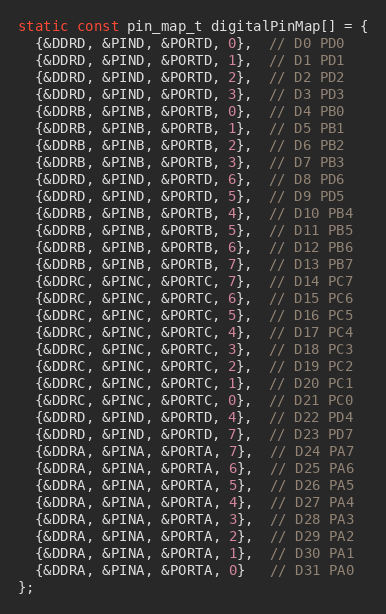
Language: C
static const pin_map_t digitalPinMap[] = {
  {&DDRD, &PIND, &PORTD, 0},  // D0 PD0
  {&DDRD, &PIND, &PORTD, 1},  // D1 PD1
  {&DDRD, &PIND, &PORTD, 2},  // D2 PD2
  {&DDRD, &PIND, &PORTD, 3},  // D3 PD3
  {&DDRB, &PINB, &PORTB, 0},  // D4 PB0
  {&DDRB, &PINB, &PORTB, 1},  // D5 PB1
  {&DDRB, &PINB, &PORTB, 2},  // D6 PB2
  {&DDRB, &PINB, &PORTB, 3},  // D7 PB3
  {&DDRD, &PIND, &PORTD, 6},  // D8 PD6
  {&DDRD, &PIND, &PORTD, 5},  // D9 PD5
  {&DDRB, &PINB, &PORTB, 4},  // D10 PB4
  {&DDRB, &PINB, &PORTB, 5},  // D11 PB5
  {&DDRB, &PINB, &PORTB, 6},  // D12 PB6
  {&DDRB, &PINB, &PORTB, 7},  // D13 PB7
  {&DDRC, &PINC, &PORTC, 7},  // D14 PC7
  {&DDRC, &PINC, &PORTC, 6},  // D15 PC6
  {&DDRC, &PINC, &PORTC, 5},  // D16 PC5
  {&DDRC, &PINC, &PORTC, 4},  // D17 PC4
  {&DDRC, &PINC, &PORTC, 3},  // D18 PC3
  {&DDRC, &PINC, &PORTC, 2},  // D19 PC2
  {&DDRC, &PINC, &PORTC, 1},  // D20 PC1
  {&DDRC, &PINC, &PORTC, 0},  // D21 PC0
  {&DDRD, &PIND, &PORTD, 4},  // D22 PD4
  {&DDRD, &PIND, &PORTD, 7},  // D23 PD7
  {&DDRA, &PINA, &PORTA, 7},  // D24 PA7
  {&DDRA, &PINA, &PORTA, 6},  // D25 PA6
  {&DDRA, &PINA, &PORTA, 5},  // D26 PA5
  {&DDRA, &PINA, &PORTA, 4},  // D27 PA4
  {&DDRA, &PINA, &PORTA, 3},  // D28 PA3
  {&DDRA, &PINA, &PORTA, 2},  // D29 PA2
  {&DDRA, &PINA, &PORTA, 1},  // D30 PA1
  {&DDRA, &PINA, &PORTA, 0}   // D31 PA0
};